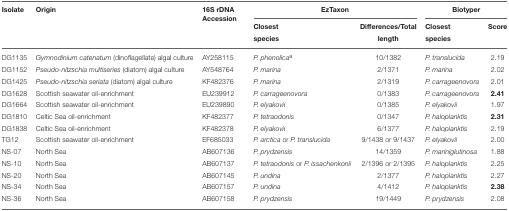
| Isolate | Origin | 16S rDNA Accession | <COLSPAN=2> EzTaxon | <COLSPAN=2> Biotyper |
 |  |  |  | Closest species | Differences/Total length | Closest species | Score |
 | --- | --- | --- | --- | --- | --- | --- |
 | DG1135 | Gymnodinium catenatum (dinoflagellate) algal culture | AY258115 | P. phenolicaa | 10/1382 | P. translucida | 2.19 |
 | DG1152 | Pseudo-nitzschia multiseries (diatom) algal culture | AY548764 | P. marina | 2/1371 | P. marina | 2.02 |
 | DG1425 | Pseudo-nitzschia seriata (diatom) algal culture | KF482376 | P. marina | 2/1319 | P. carrageenovora | 2.01 |
 | DG1628 | Scottish seawater oil-enrichment | EU239912 | P. carrageenovora | 0/1383 | P. carrageenovora | 2.41 |
 | DG1664 | Scottish seawater oil-enrichment | EU239890 | P. elyakovii | 0/1385 | P. elyakovii | 1.97 |
 | DG1810 | Celtic Sea oil-enrichment | KF482377 | P. tetraodonis | 0/1347 | P. haloplanktis | 2.31 |
 | DG1838 | Celtic Sea oil-enrichment | KF482378 | P. elyakovii | 6/1377 | P. haloplanktis | 2.19 |
 | TG12 | Scottish seawater oil-enrichment | EF685033 | P. arctica or P. translucida | 9/1438 or 9/1437 | P. elyakovii | 2.00 |
 | NS-07 | North Sea | AB607136 | P. prydzensis | 14/1359 | P. mariniglutinosa | 1.88 |
 | NS-10 | North Sea | AB607137 | P. tetraodonis or P. issachenkonii | 2/1396 or 2/1395 | P. haloplanktis | 2.25 |
 | NS-20 | North Sea | AB607145 | P. undina | 2/1377 | P. haloplanktis | 2.27 |
 | NS-34 | North Sea | AB607157 | P. undina | 4/1412 | P. haloplanktis | 2.38 |
 | NS-36 | North Sea | AB607158 | P. prydzensis | 19/1449 | P. prydzensis | 2.08 |